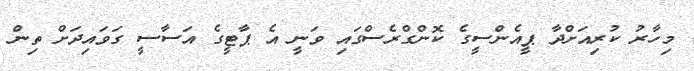
މިހާރު ކުރިއަށްދާ ޕީއެންސީގެ ކޮންގްރެސްގައި ވަނީ އެ ޕާޓީގެ އަސާސީ ގަވައިދަށް ތިން